Civil Veterinary Department ledger series I-VI
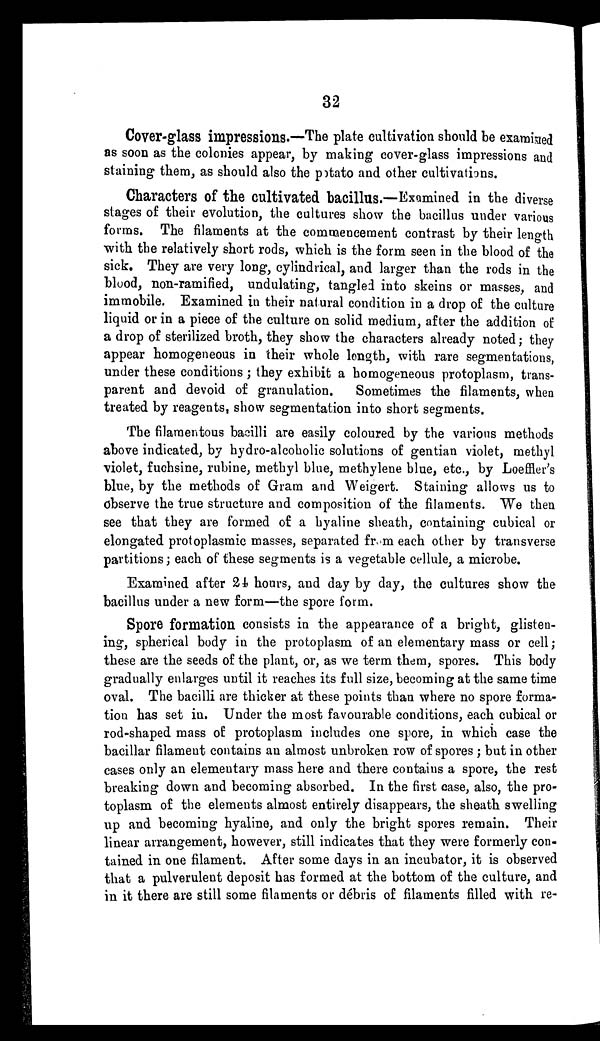
32
Cover-glass impressions.—The plate cultivation should be examined
as soon as the colonies appear, by making cover-glass impressions and
staining them, as should also the potato and other cultivations.
Characters of the cultivated bacillus.—Examined in the diverse
stages of their evolution, the cultures show the bacillus under various
forms. The filaments at the commencement contrast by their length
with the relatively short rods, which is the form seen in the blood of the
sick. They are very long, cylindrical, and larger than the rods in the
blood, non-ramified, undulating, tangled into skeins or masses, and
immobile. Examined in their natural condition in a drop of the culture
liquid or in a piece of the culture on solid medium, after the addition of
a drop of sterilized broth, they show the characters already noted; they
appear homogeneous in their whole length, with rare segmentations,
under these conditions; they exhibit a homogeneous protoplasm, trans-
parent and devoid of granulation.
Sometimes the filaments, when
treated by reagents, show segmentation into short segments.
The filamentous bacilli are easily coloured by the various methods
above indicated, by hydro-alcoholic solutions of gentian violet, methyl
violet, fuchsine, rubine, methyl blue, methylene blue, etc., by Loeffler's
blue, by the methods of Gram and Weigert. Staining allows us to
observe the true structure and composition of the filaments. We then
see that they are formed of a hyaline sheath, containing cubical or
elongated protoplasmic masses, separated from each other by transverse
partitions; each of these segments is a vegetable cellule, a microbe.
Examined after 24 hours, and day by day, the cultures show the
bacillus under a new form—the spore form.
Spore formation consists in the appearance of a bright, glisten-
ing, spherical body in the protoplasm of an elementary mass or cell;
these are the seeds of the plant, or, as we term them, spores. This body
gradually enlarges until it reaches its full size, becoming at the same time
oval. The bacilli are thicker at these points than where no spore forma-
tion has set in. Under the most favourable conditions, each cubical or
rod-shaped mass of protoplasm includes one spore, in which case the
bacillar filament contains an almost unbroken row of spores; but in other
cases only an elementary mass here and there contains a spore, the rest
breaking down and becoming absorbed. In the first case, also, the pro-
toplasm of the elements almost entirely disappears, the sheath swelling
up and becoming hyaline, and only the bright spores remain. Their
linear arrangement, however, still indicates that they were formerly con-
tained in one filament. After some days in an incubator, it is observed
that a pulverulent deposit has formed at the bottom of the culture, and
in it there are still some filaments or débris of filaments filled with re-